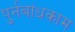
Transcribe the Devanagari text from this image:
पुर्नबांधकाम